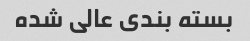
بسته بندی عالی شده